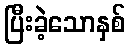
ပြီးခဲ့သောနှစ်